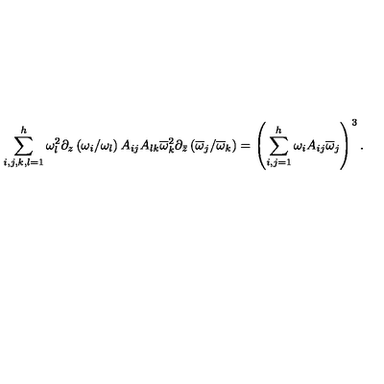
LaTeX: { \sum _ { i , j , k , l = 1 } ^ { h } \omega _ { l } ^ { 2 } \partial _ { z } \left( { \omega _ { i } / \omega _ { l } } \right) A _ { i j } A _ { l k } \overline { \omega } _ { k } ^ { 2 } \partial _ { \bar { z } } \left( { \overline { \omega } _ { j } / \overline { \omega } _ { k } } \right) } = \left( \sum _ { i , j = 1 } ^ { h } \omega _ { i } A _ { i j } \overline { \omega } _ { j } \right) ^ { 3 } .